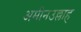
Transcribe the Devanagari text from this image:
अमीनउल्लाह